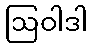
ဩဝါဒါ